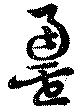
罍